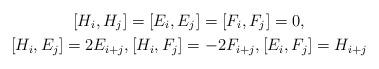
LaTeX: \begin{gather*} [H_i,H_j]=[E_i,E_j]=[F_i,F_j]=0,\\ [H_i,E_j]=2E_{i+j},[H_i,F_j]=-2F_{i+j},[E_i,F_j]=H_{i+j}\end{gather*}